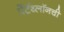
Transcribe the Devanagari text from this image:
पेंटॅथ्लॉनची